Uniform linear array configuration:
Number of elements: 64
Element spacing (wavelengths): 0.25
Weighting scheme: cosine
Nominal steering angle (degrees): -60
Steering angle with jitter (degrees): -61.234
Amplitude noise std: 0.05
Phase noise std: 0.05

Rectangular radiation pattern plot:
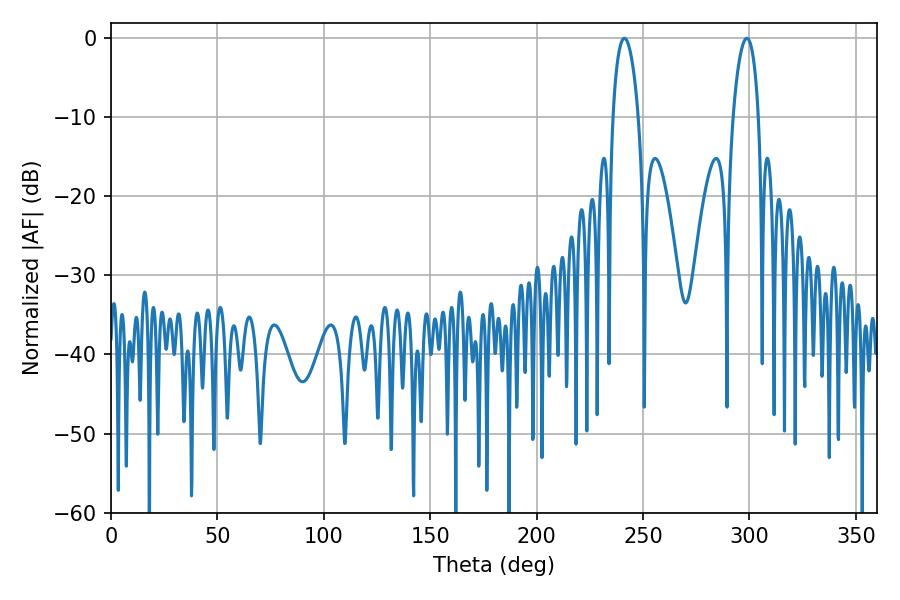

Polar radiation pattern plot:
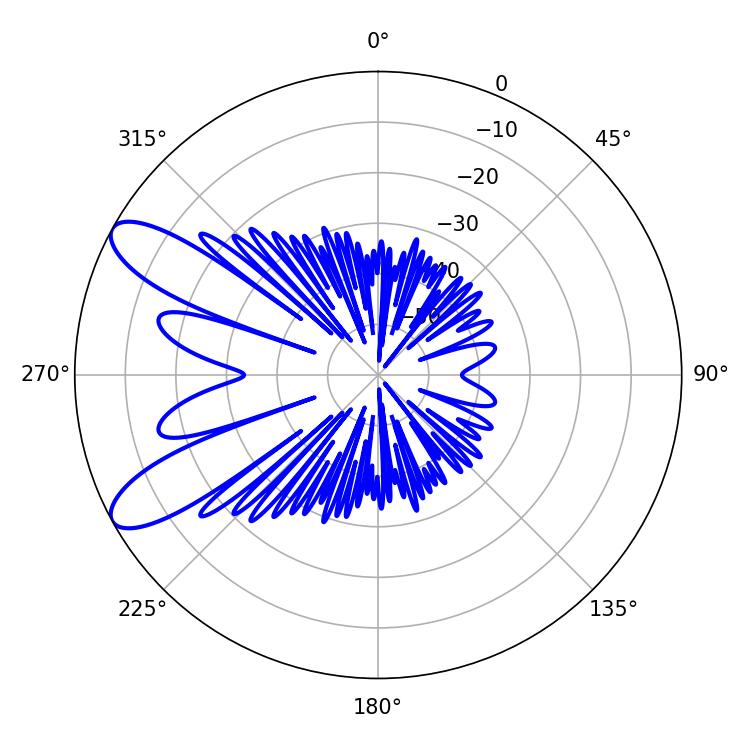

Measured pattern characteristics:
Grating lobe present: FALSE
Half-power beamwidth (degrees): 6.84
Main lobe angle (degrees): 241.2